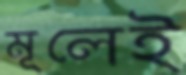
মূলেই